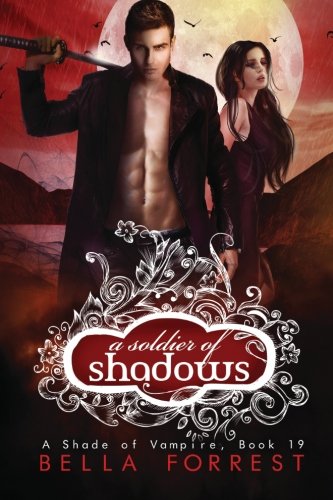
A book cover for A Shade of Vampire 19: A Soldier of Shadows (Volume 19); Bella Forrest; Romance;